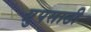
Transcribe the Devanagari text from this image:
ग्रुपसाठी